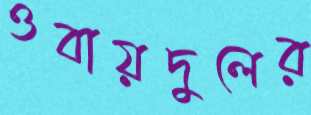
ওবায়দুলের